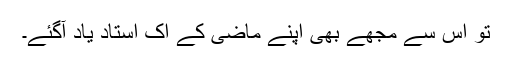
تو اس سے مجھے بھی اپنے ماضی کے اک استاد یاد آگئے۔